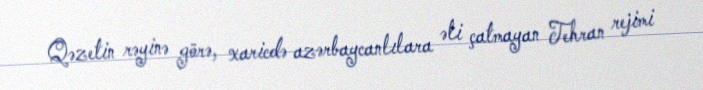
Qəzetin rəyinə görə, xaricdə azərbaycanlılara əli çatmayan Tehran rejimi